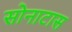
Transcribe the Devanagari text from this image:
सोनाटास